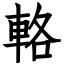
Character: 輅